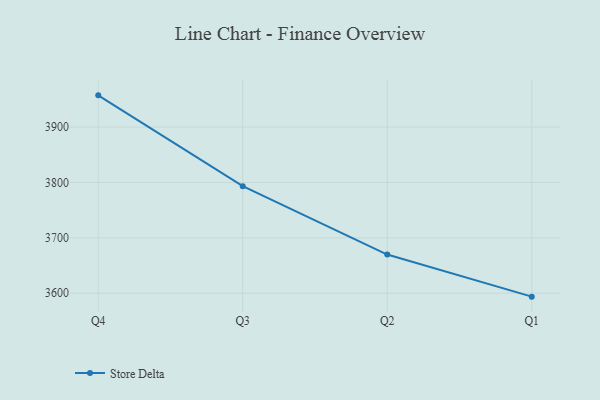
{"axis": {"x": "Quarter", "y": "Inventory Turnover"}, "legend": ["Store Delta"], "data": [{"x": "Q4", "y": 3957.3, "type": "Store Delta"}, {"x": "Q3", "y": 3793.3, "type": "Store Delta"}, {"x": "Q2", "y": 3669.8, "type": "Store Delta"}, {"x": "Q1", "y": 3593.8, "type": "Store Delta"}]}